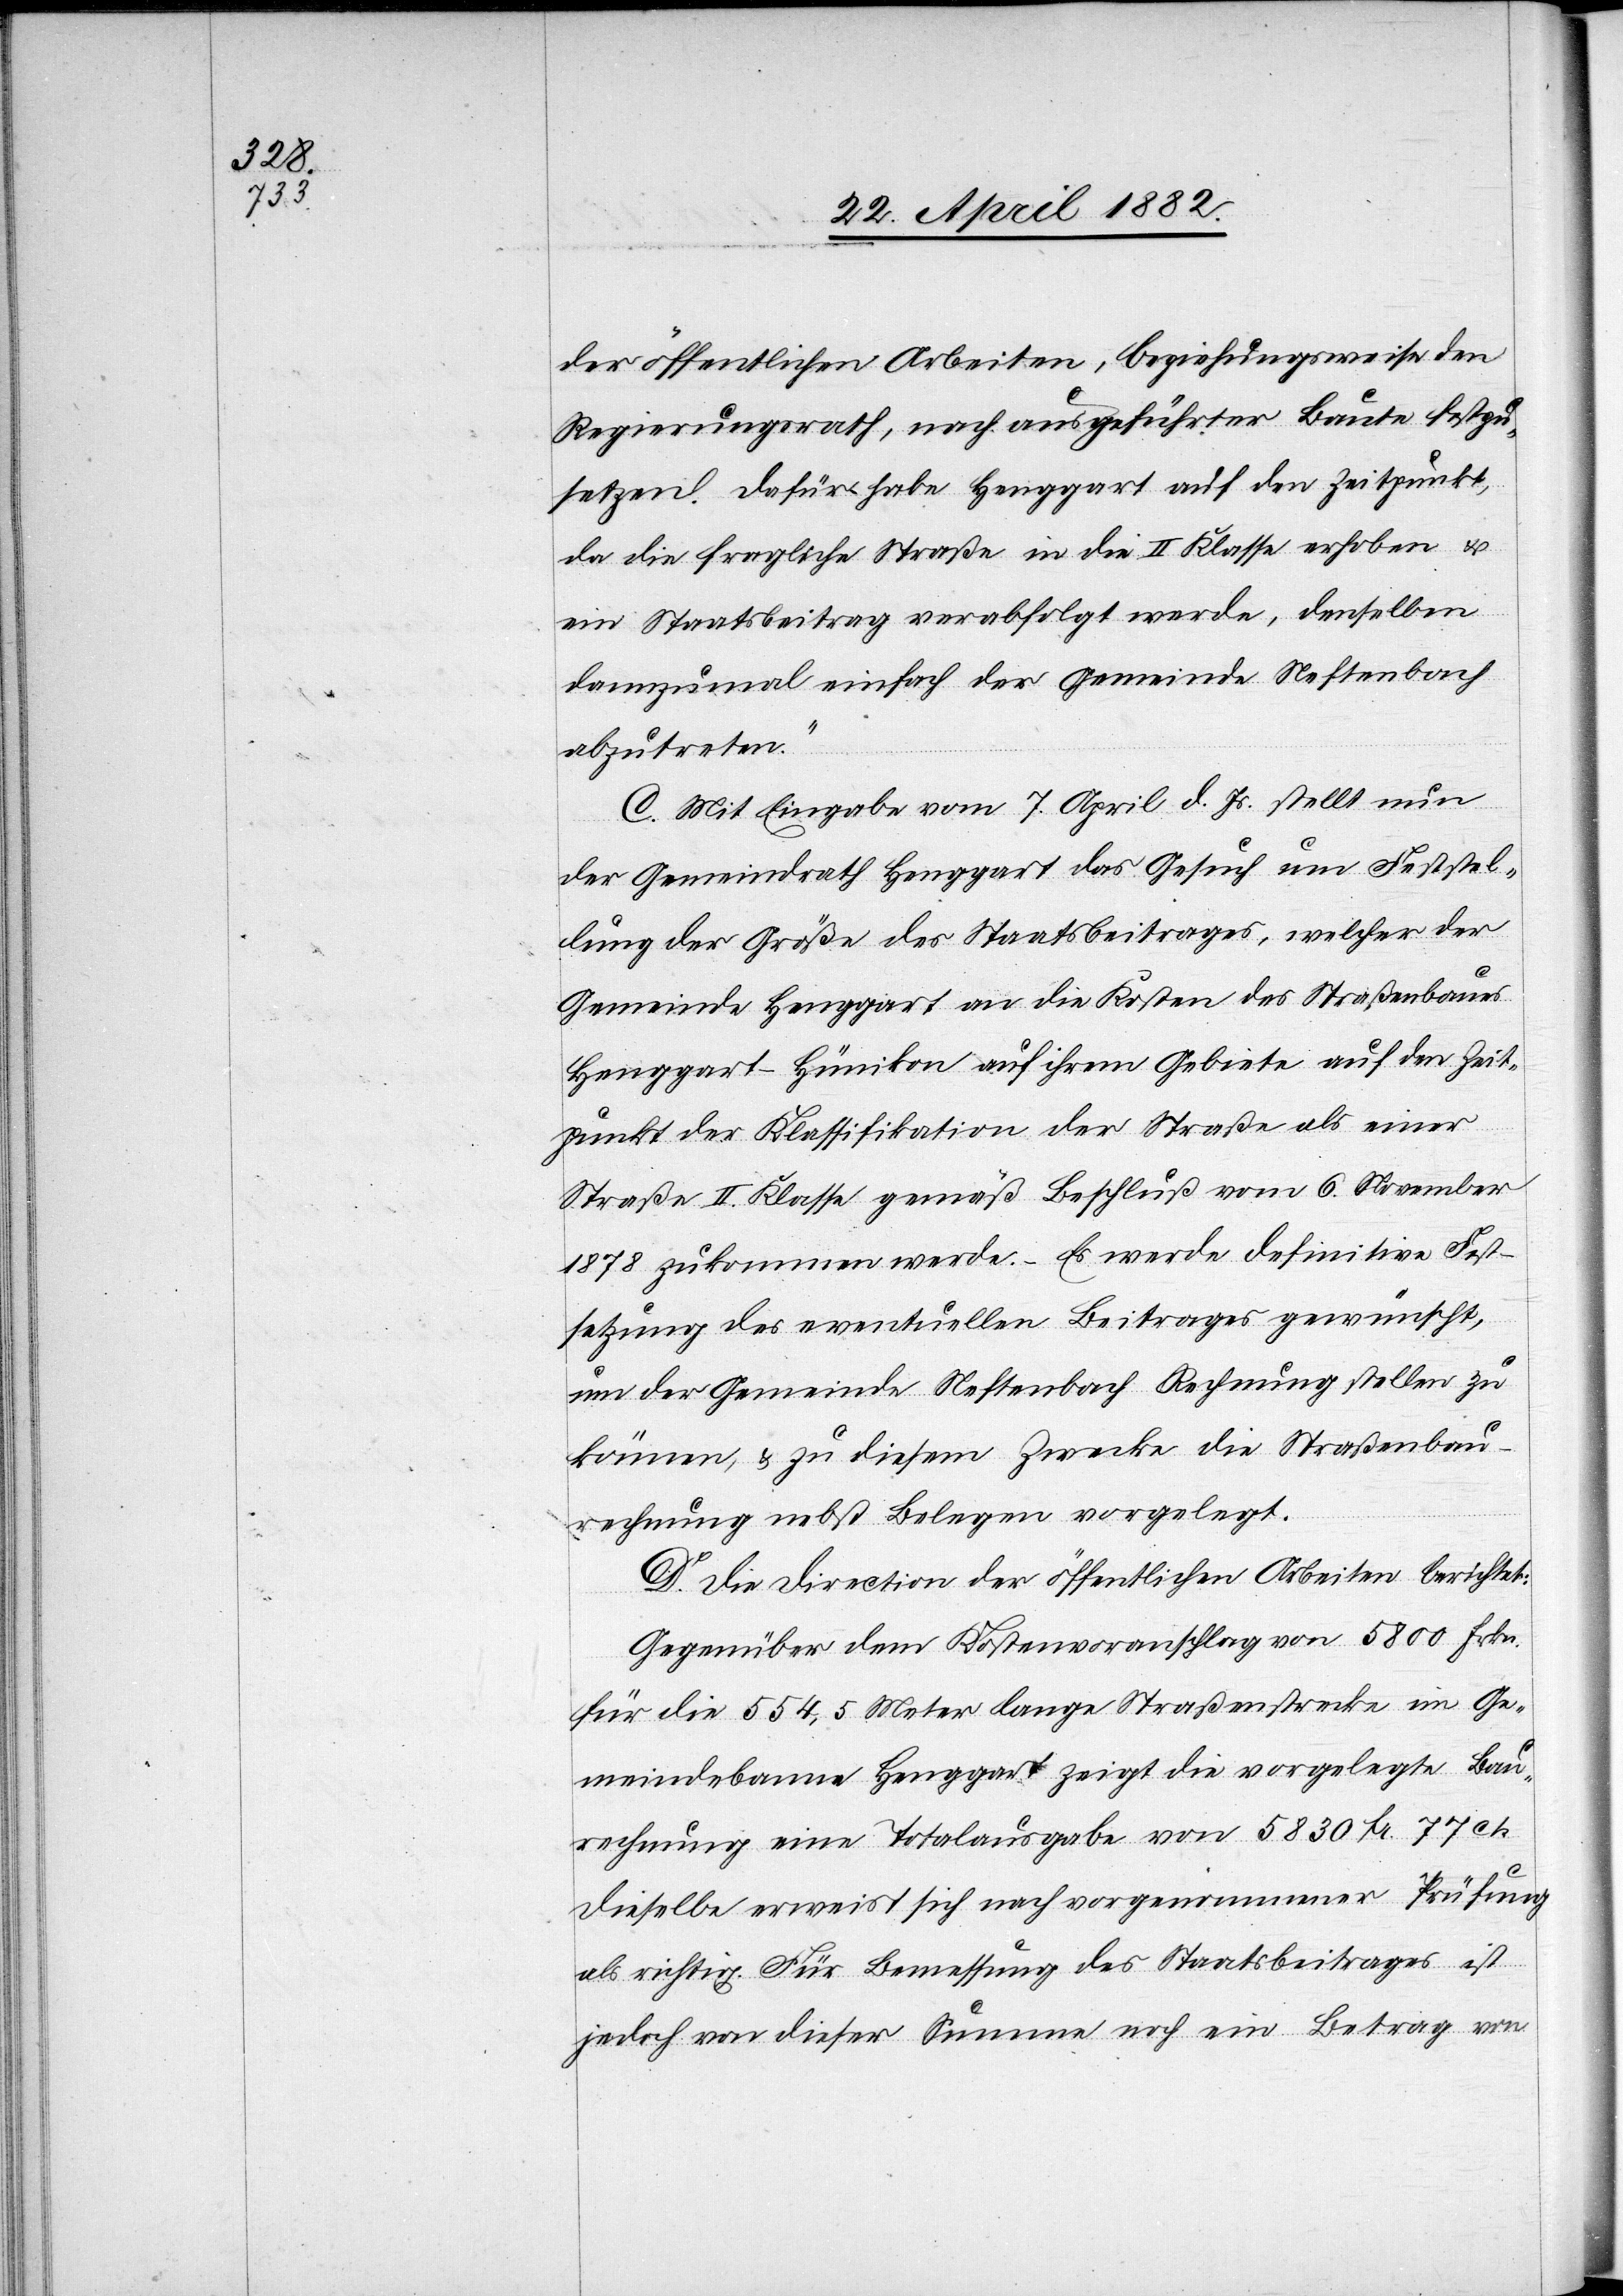
der öffentlichen Arbeiten, beziehungsweise den
Regierungsrath, nach ausgeführter Baute festzu¬
setzen. Dafür habe Henggart auf den Zeitpunkt,
da die fragliche Straße in die II. Klasse erhoben u.
ein Staatsbeitrag verabfolgt werde, denselben
dannzumal einfach der Gemeinde Neftenbach
abzutreten.“
C. Mit Eingabe vom 7. April d. Js. stellt nun
der Gemeindrath Henggart das Gesuch um Feststel¬
lung der Größe des Staatsbeitrages, welcher der
Gemeinde Henggart an die Kosten des Straßenbaues
Henggart–Hünikon auf ihrem Gebiete auf den Zeit¬
punkt der Klassifikation der Straße als einer
Straße II. Klasse gemäß Beschluß vom 6. November
1878 zukommen werde. – Es werde definitive Fest¬
setzung des eventuellen Beitrages gewünscht,
um der Gemeinde Neftenbach Rechnung stellen zu
können, & zu diesem Zwecke die Straßenbau¬
rechnung nebst Belegen vorgelegt.
D. Die Direction der öffentlichen Arbeiten berichtet:
Gegenüber dem Kostenvoranschlag von 5800 Frkn.
für die 554,5 Meter lange Straßenstrecke im Ge¬
meindebanne Henggart zeigt die vorgelegte Bau¬
rechnung eine Totalausgabe von 5830 Fr. 77 ct.
Dieselbe erweist sich nach vorgenommener Prüfung
als richtig. Für Bemessung des Staatsbeitrages ist
jedoch von dieser Summe noch ein Betrag von